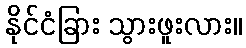
နိုင်ငံခြား သွားဖူးလား။